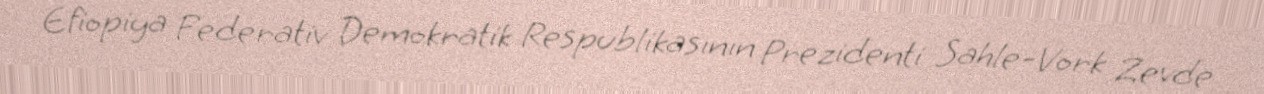
Efiopiya Federativ Demokratik Respublikasının Prezidenti Sahle-Vork Zevde